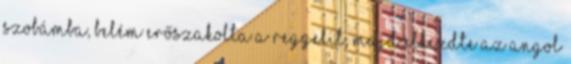
szobámba, belém erőszakolta a reggelit, majd elkezdte az angol